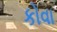
કોવા